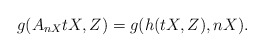
\begin{align*}g(A_{nX}tX,Z)=g(h(tX, Z), nX).\end{align*}